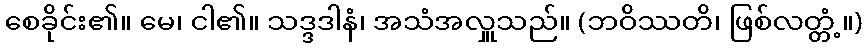
စေခိုင်း၏။ မေ၊ ငါ၏။ သဒ္ဒဒါနံ၊ အသံအလှူသည်။ (ဘဝိဿတိ၊ ဖြစ်လတ္တံ့။)